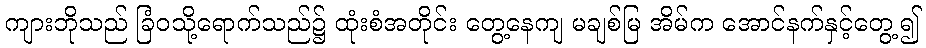
ကျားဘိုသည် ခြံဝသို့ရောက်သည်၌ ထုံးစံအတိုင်း တွေ့နေကျ မချစ်မြ အိမ်က အောင်နက်နှင့်တွေ့၍